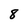
Character: 8